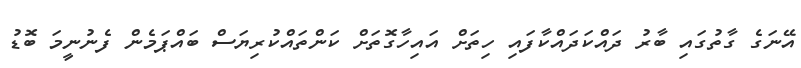
އޭނަގެ ގާތުގައި ބާރު ދައްކަދައްކާފައި ހިތަށް އައިހާގޮތަށް ކަންތައްކުރިޔަސް ބައްޕަމެން ފެނުނީމަ ބޮޑު